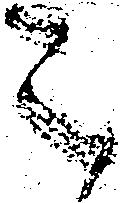
令